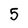
Character: 5